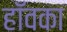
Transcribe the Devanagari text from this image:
हॉवका